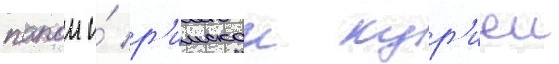
папои и́ р'имскои кур'иеи